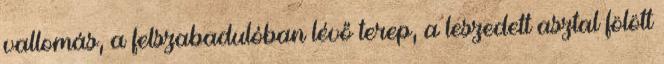
vallomás, a felszabadulóban lévő terep, a leszedett asztal fölött